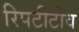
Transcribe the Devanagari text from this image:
रिपटीटीव